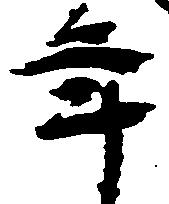
年